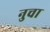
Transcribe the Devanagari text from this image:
नुचा